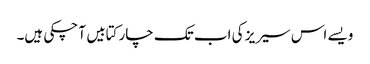
ویسے اس سیریز کی اب تک چار کتابیں آ چکی ہیں۔